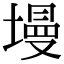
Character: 墁